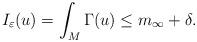
LaTeX: \begin{align*}I_{\varepsilon}(u)=\int_{M}\Gamma(u)\le m_{\infty}+\delta.\end{align*}